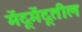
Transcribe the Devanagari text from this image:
मेंदूमेंदूतील